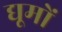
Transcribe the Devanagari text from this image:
द्यूमों